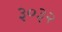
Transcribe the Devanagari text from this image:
३०३२